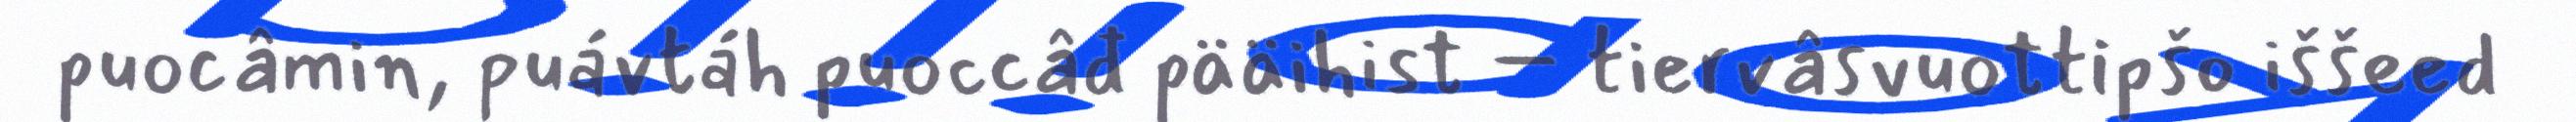
puocâmin, puávtáh puoccâđ pääihist – tiervâsvuottipšo iššeed